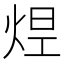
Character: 𤉊